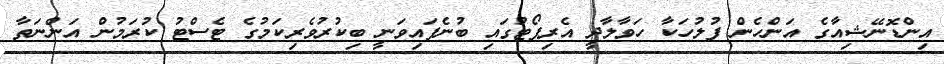
އިންޑޮނޭޝިއާގެ އަންހެން ފުުލުހަކާ ހަވާލާދީ އެރިޕޯޓުގައި ބުނެފައިވަނީ ބިކުރުވެރިކަމުގެ ޓެސްޓު ކުރަމުން އަންނަތާ